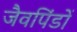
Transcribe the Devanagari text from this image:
जैवपिंडों